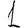
Digit: 1